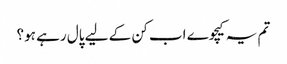
تم یہ کیچوے اب کن کے لیے پال رہے ہو؟